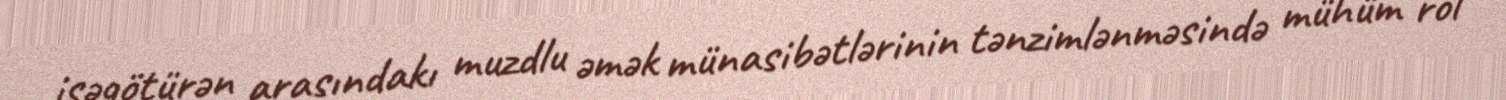
işəgötürən arasındakı muzdlu əmək münasibətlərinin tənzimlənməsində mühüm rol